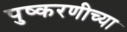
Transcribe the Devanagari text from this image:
पुष्करणीच्या